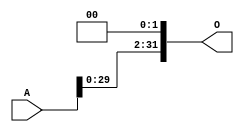
/**
 * Universidade Federal Rural de Pernambuco
 * Departamento de Estatstica e Informtica
 * Disciplina: Arquitetura e Organizao de Computadores
 * 
 * Shift left de 2 bits.
 *
 * @author Andr Aziz (andre.caraujo@ufrpe.br)
 */
module SHIFT_LEFT_2(
  A,
  O
);

input [31:0] A;
output [31:0] O;

wire [31:0] A;
wire [31:0] O;

assign O[31:2] = A[29:0];
assign O[1:0] = 0;

endmodule